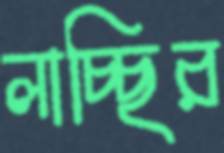
লাচ্ছির